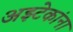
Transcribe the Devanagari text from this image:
अझ्टेकांना